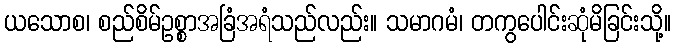
ယသောစ၊ စည်စိမ်ဥစ္စာအခြံအရံသည်လည်း။ သမာဂမံ၊ တကွပေါင်းဆုံမိခြင်းသို့။